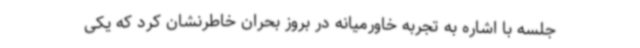
جلسه با اشاره به تجربه خاورمیانه در بروز بحران خاطرنشان کرد که یکی